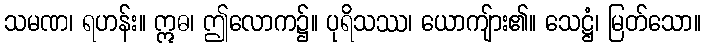
သမဏ၊ ရဟန်း။ ဣဓ၊ ဤလောက၌။ ပုရိသဿ၊ ယောကျ်ား၏။ သေဋ္ဌံ၊ မြတ်သော။